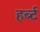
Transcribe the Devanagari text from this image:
हर्ब्ट